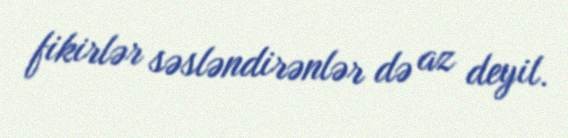
fikirlər səsləndirənlər də az deyil.